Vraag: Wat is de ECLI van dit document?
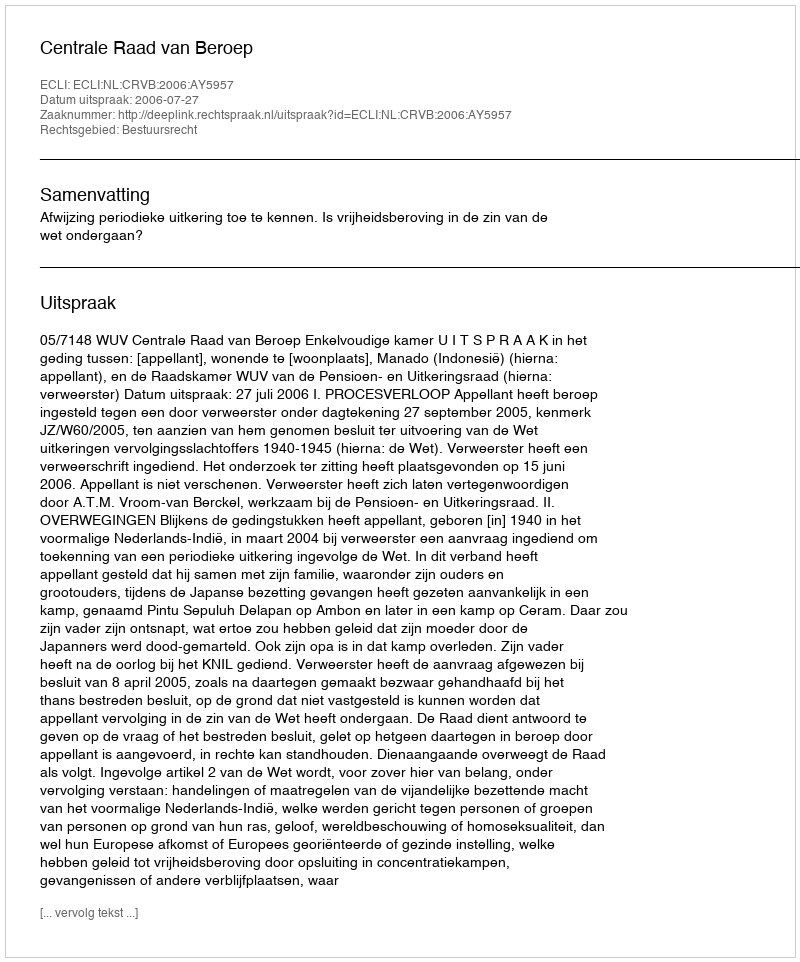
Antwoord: ECLI:NL:CRVB:2006:AY5957